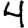
Digit: 4